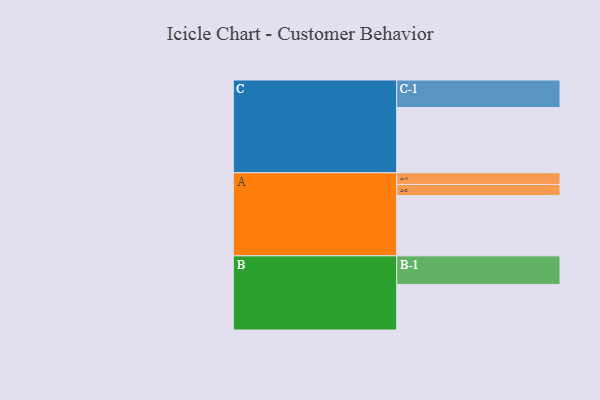
{"axis": {"x": "Segment", "y": "Value"}, "legend": ["", "A", "B", "C"], "data": [{"x": "A", "y": 552, "type": ""}, {"x": "B", "y": 417, "type": ""}, {"x": "C", "y": 596, "type": ""}, {"x": "A-1", "y": 107, "type": "A"}, {"x": "A-2", "y": 101, "type": "A"}, {"x": "B-1", "y": 261, "type": "B"}, {"x": "C-1", "y": 252, "type": "C"}]}